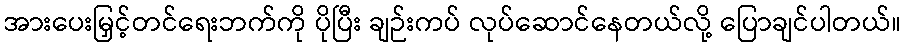
အားပေးမြှင့်တင်ရေးဘက်ကို ပိုပြီး ချဉ်းကပ် လုပ်ဆောင်နေတယ်လို့ ပြောချင်ပါတယ်။